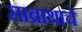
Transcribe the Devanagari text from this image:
साब्राथाचे